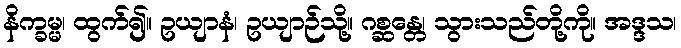
နိက္ခမ္မ၊ ထွက်၍။ ဥယျာနံ၊ ဥယျာဉ်သို့။ ဂစ္ဆန္တေ၊ သွားသည်တို့ကို။ အဒ္ဒသ၊